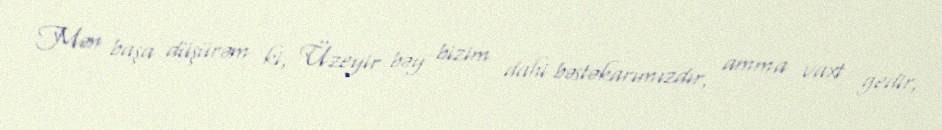
Mən başa düşürəm ki, Üzeyir bəy bizim dahi bəstəkarımızdır, amma vaxt gedir,